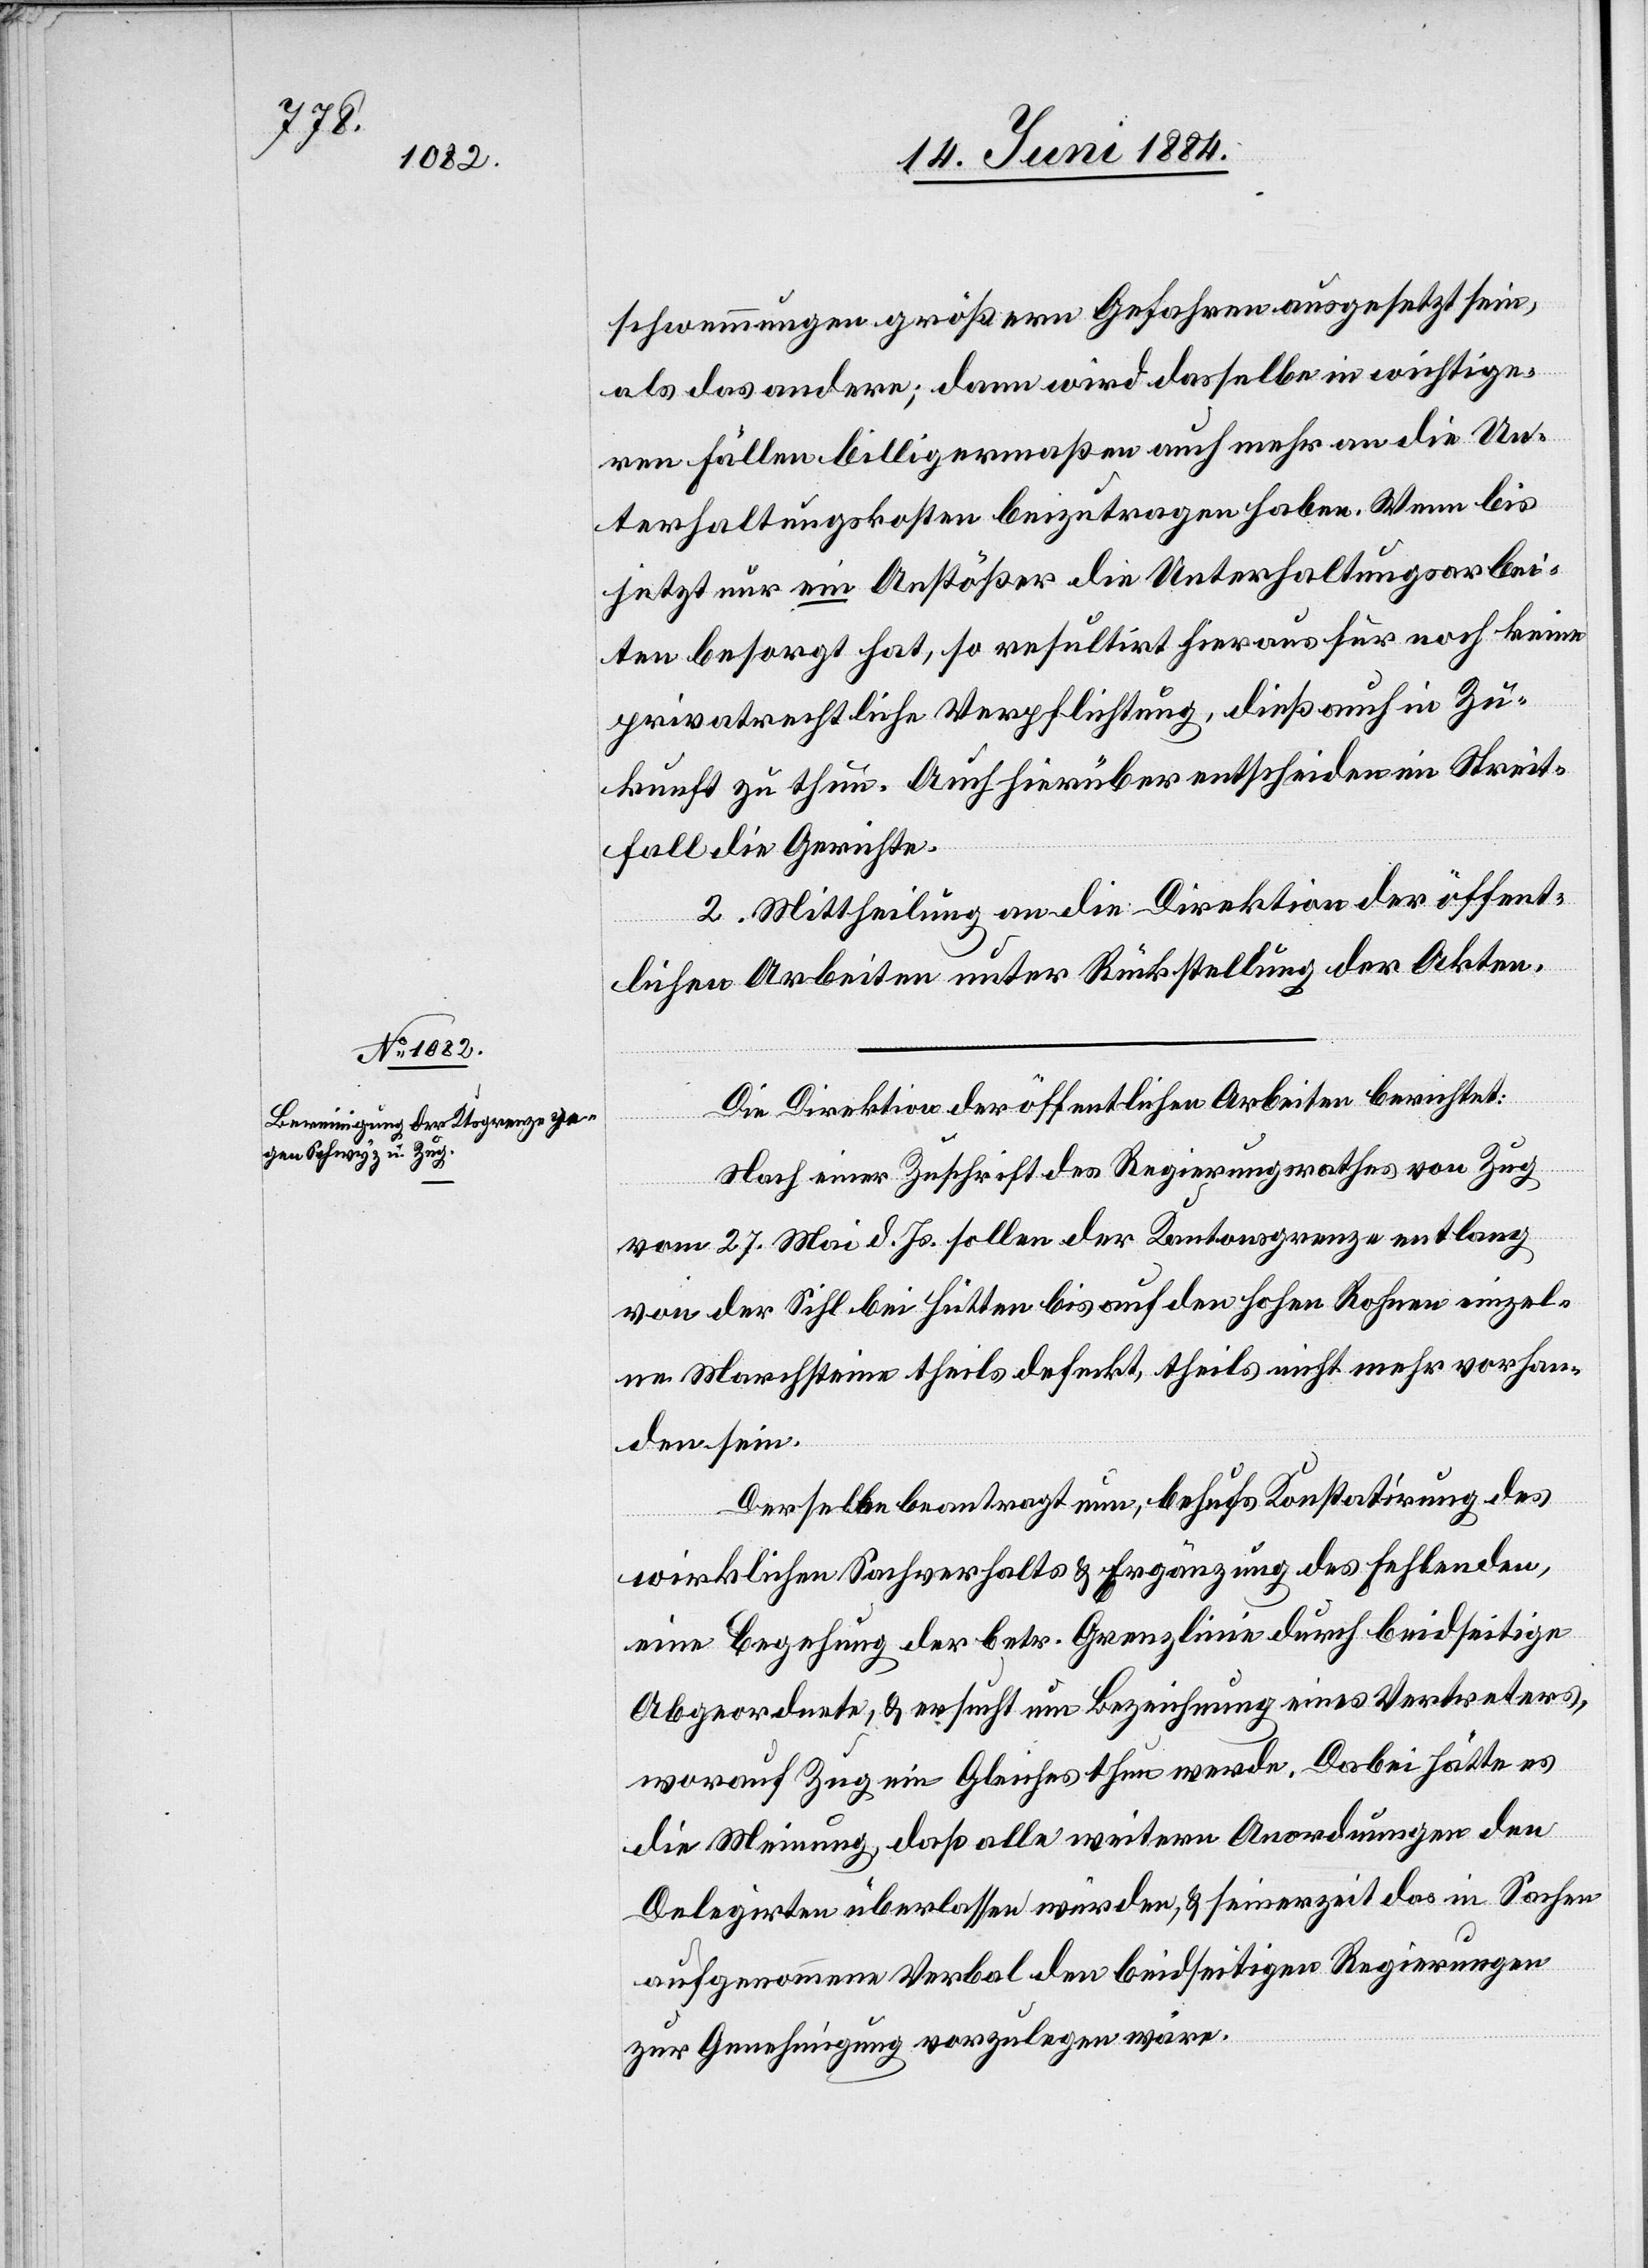
schwemmungen größeren Gefahren ausgesetzt sein,
als das andere; dann wird dasselbe in wichtige¬
ren Fällen billigermaßen auch mehr an die Un¬
terhaltungskosten beizutragen haben. Wenn bis
jetzt nur ein Anstößer die Unterhaltungsarbei¬
ten besorgt hat, so resultirt hieraus für noch keine
privatrechtliche Verpflichtung, dieß auch in Zu¬
kunft zu thun. Auch hierüber entscheiden im Streit¬
fall die Gerichte.
2. Mittheilung an die Direktion der öffent¬
lichen Arbeiten unter Rückstellung der Akten.
Die Direktion der öffentlichen Arbeiten berichtet:
Nach einer Zuschrift des Regierungsrathes von Zug
vom 27. Mai d. Js. sollen der Kantonsgrenze entlang
von der Sihl bei Hütten bis auf den hohen Rohnen einzel¬
ne Marchsteine theils defekt, theils nicht mehr vorhan¬
den sein.
Derselbe beantragt nun, behufs Konstatirung des
wirtlichen Sachverhalts & Ergänzung des fehlenden,
eine Begehung der betr. Grenzlinie durch beidseitige
Abgeordnete, & ersucht um Bezeichnung eines Vertreters,
worauf Zug ein Gleiches thun werde. Dabei hätte es
die Meinung, daß alle weitern Anordnungen den
Delegirten überlassen würden, & seinerzeit das in Sachen
aufgenommene Verbal den beidseitigen Regierungen
zur Genehmigung vorzulegen wäre.